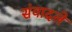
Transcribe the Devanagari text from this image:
संवादले